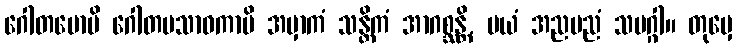
ဂေါတမောပိ ဂေါတမသာဝကာပိ အမှာကံ သန္တိကံ အာဂစ္ဆန္တိ, မယံ အညမညံ သမဂ္ဂါ။ တုမှေ